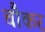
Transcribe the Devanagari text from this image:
चौकर